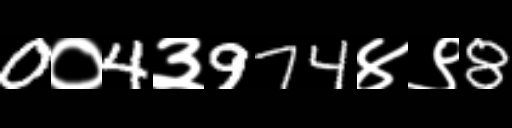
Text: 0०4३974४९8